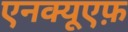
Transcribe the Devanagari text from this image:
एनक्यूएफ़